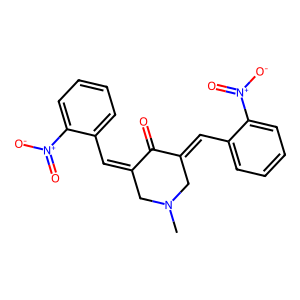
SMILES: CN1CC(=Cc2ccccc2[N+](=O)[O-])C(=O)C(=Cc2ccccc2[N+](=O)[O-])C1
Inhibits HIV replication: No